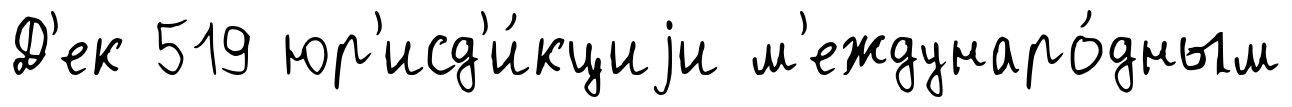
Д'ек 519 юр'исд'и́кциjи м'еждунаро́дным